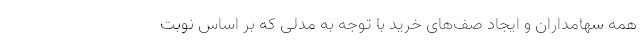
همه سهامداران و ایجاد صف‌های خرید با توجه به مدلی که بر اساس نوبت